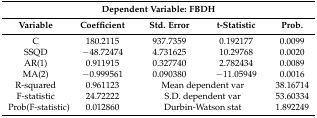
<table><thead><tr><td colspan="5"><b>Dependent Variable: FBDH</b></td></tr><tr><td><b>Variable</b></td><td><b>Coefficient</b></td><td><b>Std. Error</b></td><td><b>t-Statistic</b></td><td><b>Prob.</b></td></tr></thead><tbody><tr><td>C</td><td>180.2115</td><td>937.7359</td><td>0.192177</td><td>0.0099</td></tr><tr><td>SSQD</td><td>−48.72474</td><td>4.731625</td><td>10.29768</td><td>0.0020</td></tr><tr><td>AR(1)</td><td>0.911915</td><td>0.327740</td><td>2.782434</td><td>0.0089</td></tr><tr><td>MA(2)</td><td>−0.999561</td><td>0.090380</td><td>−11.05949</td><td>0.0016</td></tr><tr><td>R-squared</td><td>0.961123</td><td colspan="2">Mean dependent var</td><td>38.16714</td></tr><tr><td>F-statistic</td><td>24.72222</td><td colspan="2">S.D. dependent var</td><td>53.60334</td></tr><tr><td>Prob(F-statistic)</td><td>0.012860</td><td colspan="2">Durbin-Watson stat</td><td>1.892249</td></tr></tbody></table>